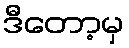
ဒီတော့မှ